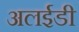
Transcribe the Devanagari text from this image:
अलईडी